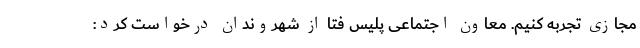
مجازی تجربه کنیم. معاون اجتماعی پلیس فتا از شهروندان درخواست کرد: